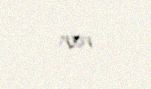
var.